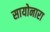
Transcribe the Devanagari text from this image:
सायोनारा